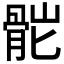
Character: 𩨷